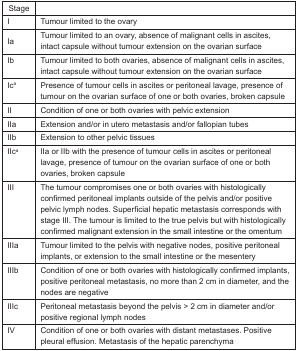
<table><thead><tr><td><b>Stage</b></td><td></td></tr></thead><tbody><tr><td>I</td><td>Tumour limited to the ovary</td></tr><tr><td>Ia</td><td>Tumour limited to an ovary, absence of malignant cells in ascites, intact capsule without tumour extension on the ovarian surface</td></tr><tr><td>Ib</td><td>Tumour limited to both ovaries, absence of malignant cells in ascites, intact capsule without tumour extension on the ovarian surface</td></tr><tr><td>Ic<sup>a</sup></td><td>Presence of tumour cells in ascites or peritoneal lavage, presence of tumour on the ovarian surface of one or both ovaries, broken capsule</td></tr><tr><td>II</td><td>Condition of one or both ovaries with pelvic extension</td></tr><tr><td>IIa</td><td>Extension and/or in utero metastasis and/or fallopian tubes</td></tr><tr><td>IIb</td><td>Extension to other pelvic tissues</td></tr><tr><td>IIc<sup>a</sup></td><td>IIa or IIb with the presence of tumour cells in ascites or peritoneal lavage, presence of tumour on the ovarian surface of one or both ovaries, broken capsule</td></tr><tr><td>III</td><td>The tumour compromises one or both ovaries with histologically confirmed peritoneal implants outside of the pelvis and/or positive pelvic lymph nodes. Superficial hepatic metastasis corresponds with stage III. The tumour is limited to the true pelvis but with histologically confirmed malignant extension in the small intestine or the omentum</td></tr><tr><td>IIIa</td><td>Tumour limited to the pelvis with negative nodes, positive peritoneal implants, or extension to the small intestine or the mesentery</td></tr><tr><td>IIIb</td><td>Condition of one or both ovaries with histologically confirmed implants, positive peritoneal metastasis, no more than 2 cm in diameter, and the nodes are negative</td></tr><tr><td>IIIc</td><td>Peritoneal metastasis beyond the pelvis &gt; 2 cm in diameter and/or positive regional lymph nodes</td></tr><tr><td>IV</td><td>Condition of one or both ovaries with distant metastases. Positive pleural effusion. Metastasis of the hepatic parenchyma</td></tr></tbody></table>